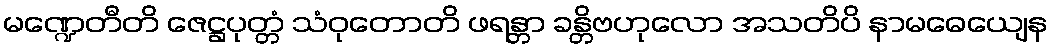
မဏ္ဍေတီတိ ဇေဋ္ဌပုတ္တံ သံဝုတောတိ ဖရန္တာ ခန္တိဗဟုလော အသတိပိ နာမဓေယျေန